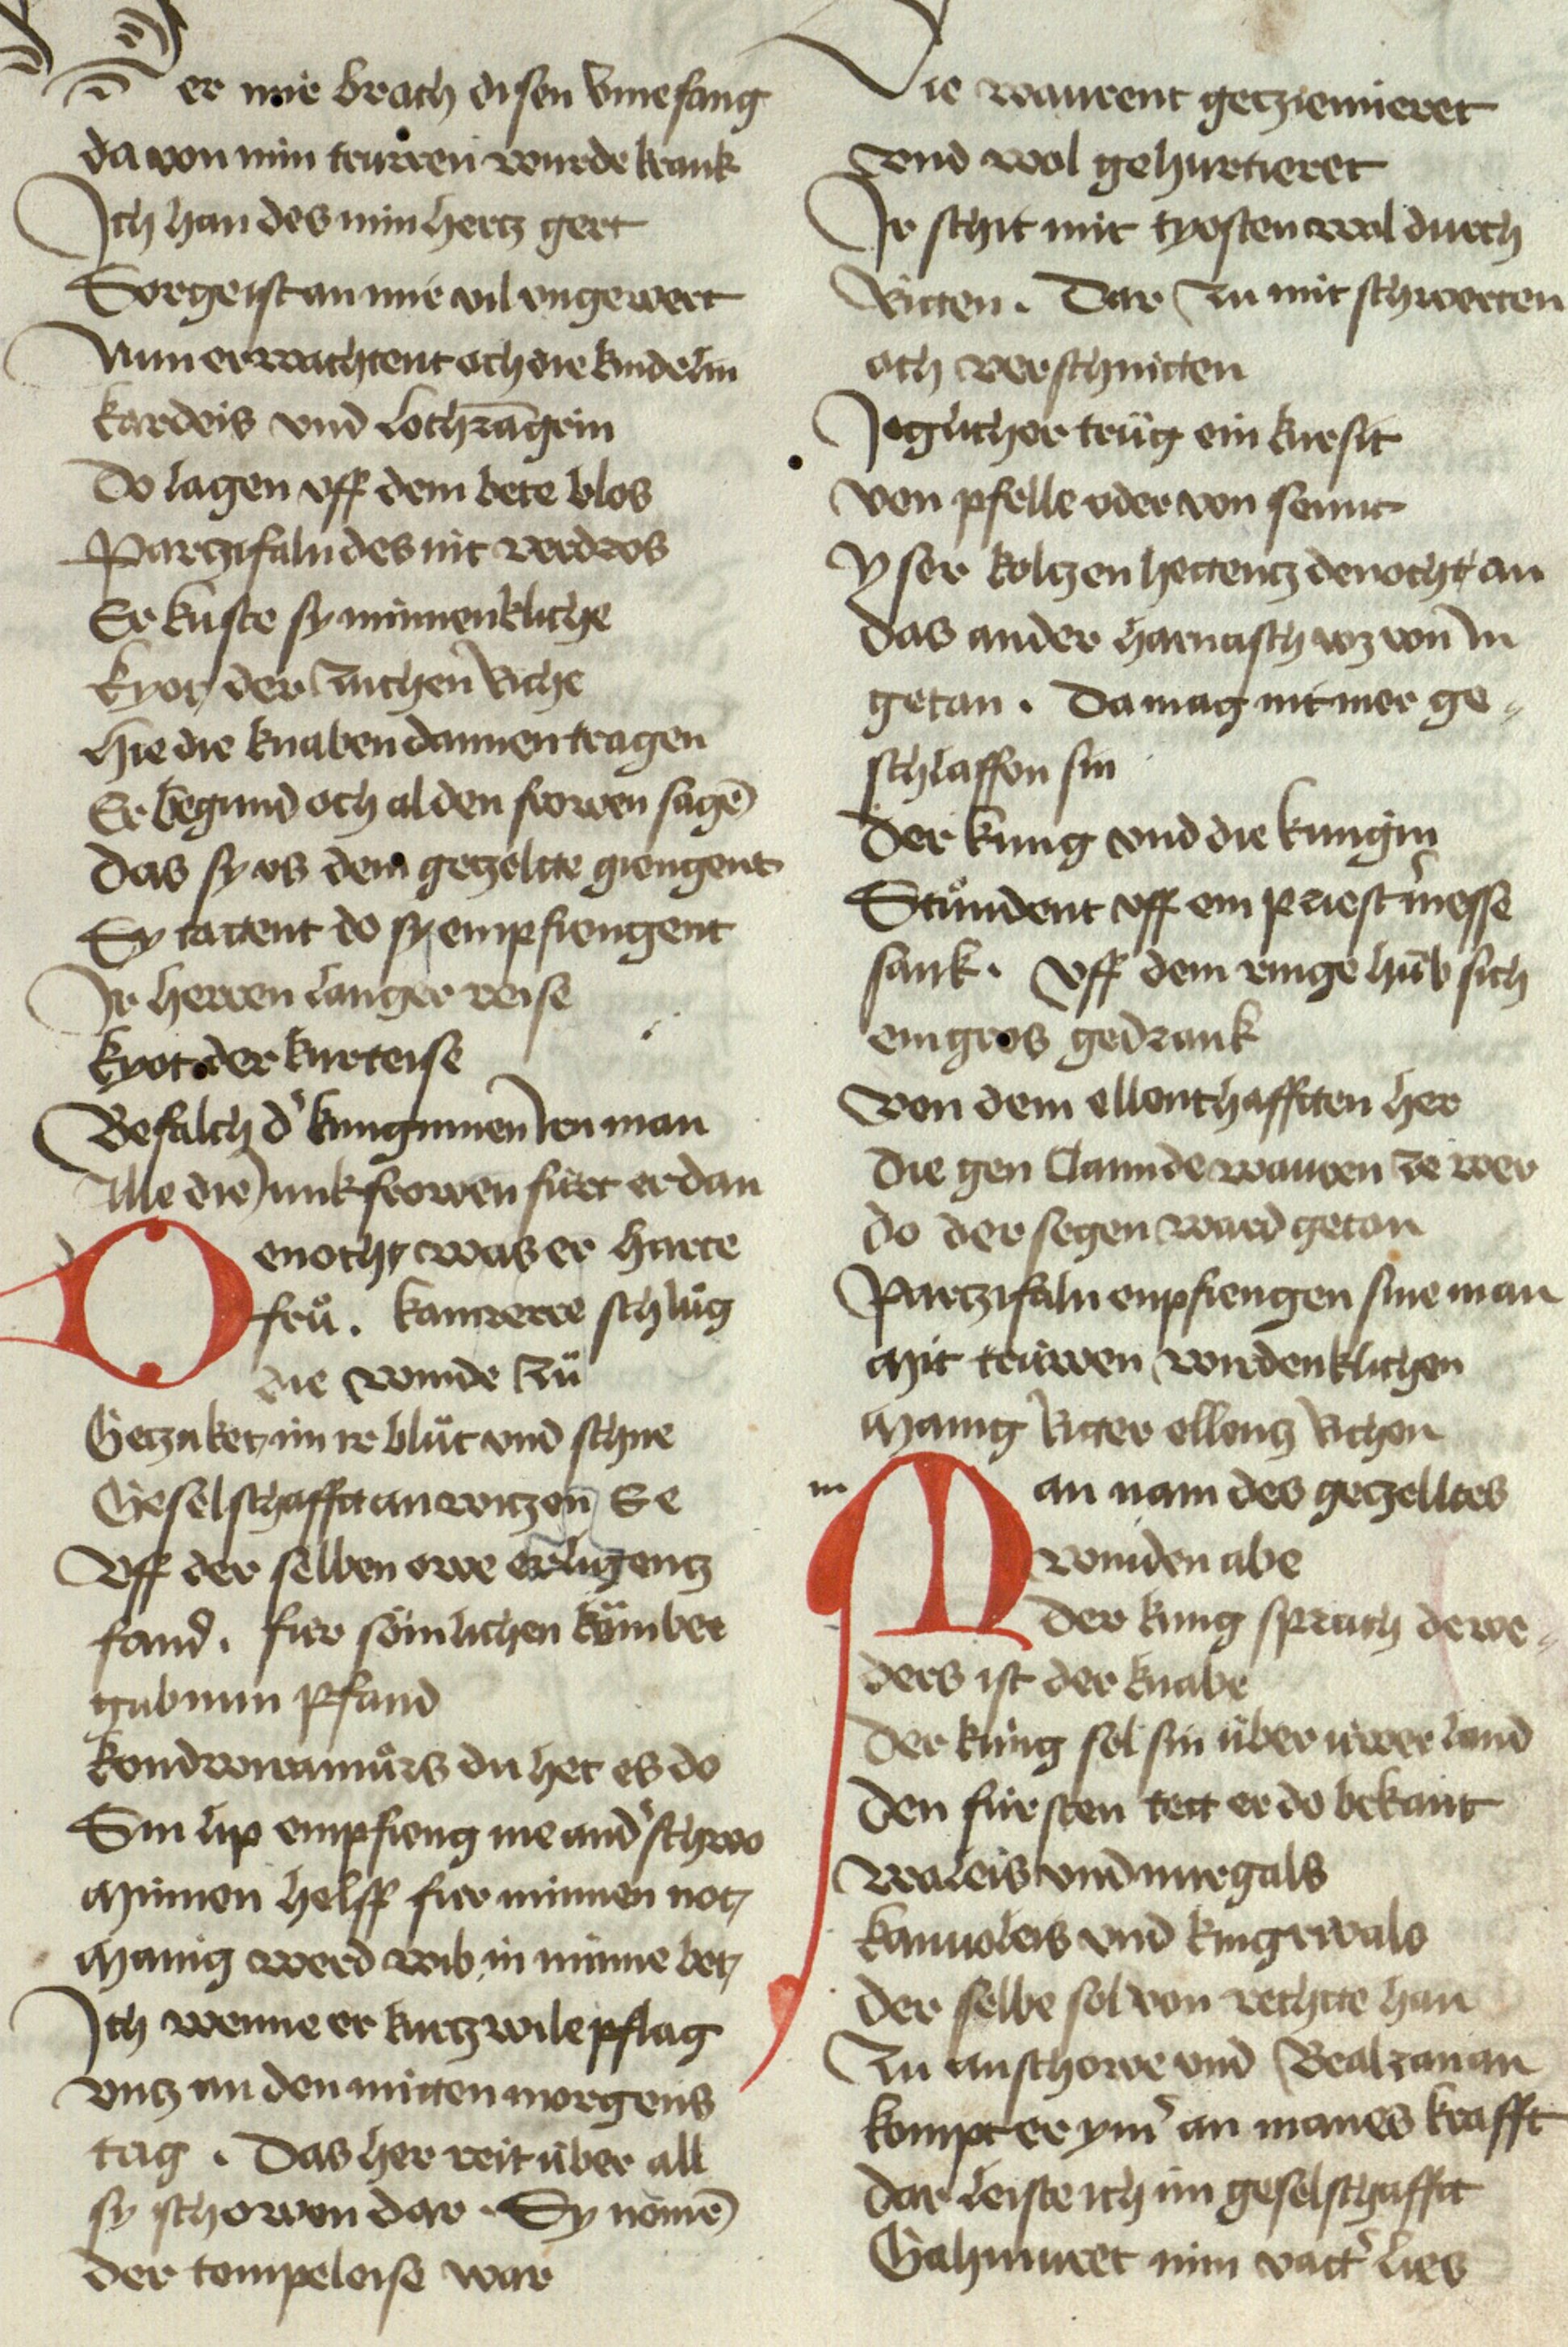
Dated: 1467–1467